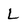
Character: L